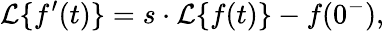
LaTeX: {\mathcal{L}}\{ f^{\prime}(t)\} =s\cdot{\mathcal{L}}\{ f(t)\} -f(0^{-}),